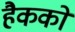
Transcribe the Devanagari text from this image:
हैकको